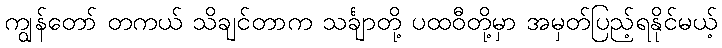
ကျွန်တော် တကယ် သိချင်တာက သင်္ချာတို့ ပထဝီတို့မှာ အမှတ်ပြည့်ရနိုင်မယ့်